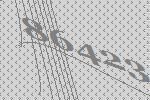
86423